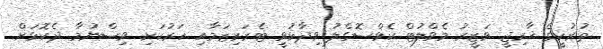
ތުރުކީގެ ޚާރިޖީ ވަޒީރު މެވްލުޓް ކެވްސޮގްލު ވިދާޅުވީ ޓެރަރިޒަމާއި ހަރުކަށި ވިސްނުމާ ދެކޮޅަށް